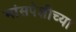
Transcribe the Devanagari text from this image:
मांसपेशीच्या